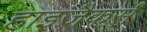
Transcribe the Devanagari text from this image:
हाइजैकर्स